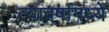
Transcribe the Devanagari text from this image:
त्यावर्षामध्ये